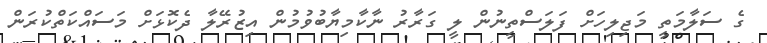
ގެ ސަލާމަތީ މަޖިލިހަށް ފަލަސްތީނުން ލީ ގަރާރު ނާކާމިޔާބުވުމުން އިޒުރޭލާ ދެކޮޅަށް މަސައްކަތްކުރަން